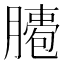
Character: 𦠖